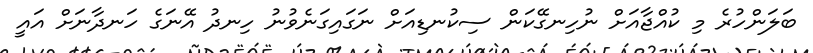
ބަލަންހުރެ މި ކުއްޖާއަށް ނުހިނގޭކަން ސިކުނޑިއަށް ނަގައިގަނެވުނު ހިނދު އޭނަގެ ހަނދާނަށް އައީ